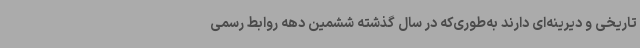
تاریخی و دیرینه‌ای دارند به‌طوری‌که در سال گذشته ششمین دهه روابط رسمی